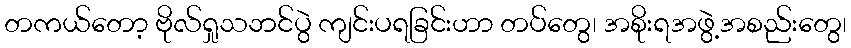
တကယ်တော့ ဗိုလ်ရှုသဘင်ပွဲ ကျင်းပရခြင်းဟာ တပ်တွေ၊ အစိုးရအဖွဲ့အစည်းတွေ၊